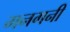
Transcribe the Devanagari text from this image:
गनगनी